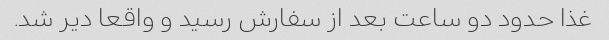
غذا حدود دو ساعت بعد از سفارش رسید و واقعا دیر شد.